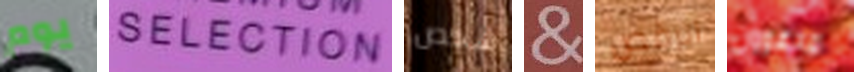
يوم SELECTION شخص & الرقص مدعوون